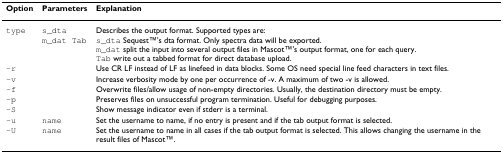
<table><thead><tr><td><b>Option</b></td><td><b>Parameters</b></td><td><b>Explanation</b></td></tr></thead><tbody><tr><td>type</td><td>s_dtam_dat Tab</td><td>Describes the output format. Supported types are:s_dta SequestTM&#x27;s dta format. Only spectra data will be exported.m_dat split the input into several output files in MascotTM&#x27;s output format, one for each query.Tab write out a tabbed format for direct database upload.</td></tr><tr><td>-r</td><td></td><td>Use CR LF instead of LF as linefeed in data blocks. Some OS need special line feed characters in text files.</td></tr><tr><td>-v</td><td></td><td>Increase verbosity mode by one per occurrence of -v. A maximum of two -v is allowed.</td></tr><tr><td>-f</td><td></td><td>Overwrite files/allow usage of non-empty directories. Usually, the destination directory must be empty.</td></tr><tr><td>-p</td><td></td><td>Preserves files on unsuccessful program termination. Useful for debugging purposes.</td></tr><tr><td>-S</td><td></td><td>Show message indicator even if stderr is a terminal.</td></tr><tr><td>-u</td><td>name</td><td>Set the username to name, if no entry is present and if the tab output format is selected.</td></tr><tr><td>-U</td><td>name</td><td>Set the username to name in all cases if the tab output format is selected. This allows changing the username in the result files of MascotTM.</td></tr></tbody></table>